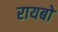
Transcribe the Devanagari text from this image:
रायबो